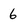
Character: 6